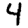
Digit: 4